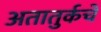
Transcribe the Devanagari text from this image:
अतातुर्कचे